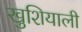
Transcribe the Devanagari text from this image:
खुशियाली